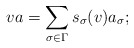
\begin{align*}va=\sum _{\sigma \in \Gamma}s_\sigma(v)a_\sigma;\end{align*}